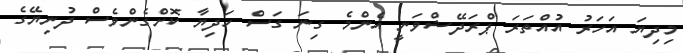
މިދިޔަ އަހަރު އުއްތަރަ ޕްރަދޭޝްވަނީ އެންމެ ގިނަ ގަސް ހަދިޔާ ކޮށްގެންވެސް ދުނިޔޭގެ